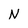
Character: N